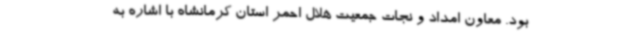
بود. معاون امداد و نجات جمعیت هلال احمر استان کرمانشاه با اشاره به